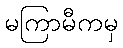
မကြာမီကမှ